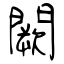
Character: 闕